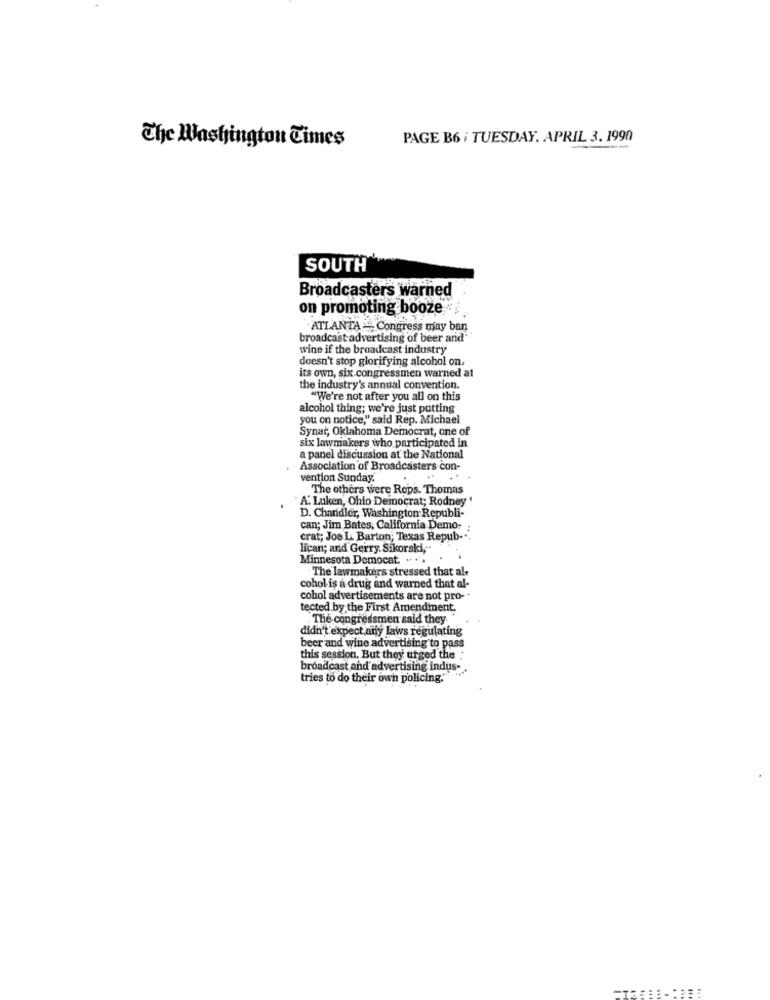
The Washington Cimes
PAGE B6 i TUESDAY, APRIL 3. 1990
SOUTH
Broadcasters warned
on promoting booze
ATLANTA -. Congress may ban
broadcast advertising of beer and"
wine if the broadcast industry
doesn't stop glorifying alcohol on.
its own, six congressmen warned at
the industry's annual convention.
"We're not after you all on this
alcohol thing; we're just putting
you on notice," said Rep. Michael
Synat, Oklahoma Democrat, one of
six lawmakers who participated in
a panel discussion at the National
Association of Broadcasters con-
vention Sunday.
The others were Reps. Thomas
"A. Luken, Ohio Democrat; Rodney "
D. Chandler, Washington Republi-
can; Jim Bates, California Demo-
crat; Joe L. Barton; Texas Repub-".
lican; and Gerry. Sikorski, -
Minnesota Democat. . ..
The lawmakers stressed that al+
cohol is a drug and warned that al-
cohol advertisements are not pro -*
tected by the First Amendment.
The congressmen said they.
didn't expect any laws regulating
beer and wine advertising to pass
this session. But they urged the :
broadcast and advertising indus-
tries to do their own policing."